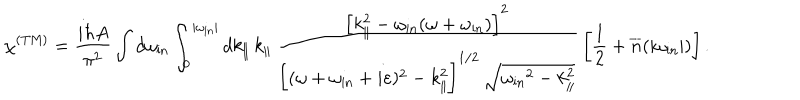
LaTeX: \chi ^ { \mathrm { ( T M ) } } = { \frac { i \hbar A } { \pi ^ { 2 } } } \int d \omega _ { \mathrm { i n } } \int _ { 0 } ^ { | \omega _ { \mathrm { i n } } | } d k _ { \| } \, k _ { \| } \, \frac { \left[ k _ { \| } ^ { 2 } - \omega _ { \mathrm { i n } } ( \omega + \omega _ { \mathrm { i n } } ) \right] ^ { 2 } } { \biggl [ ( \omega + \omega _ { \mathrm { i n } } + i \varepsilon ) ^ { 2 } - k _ { \| } ^ { 2 } \biggr ] ^ { 1 / 2 } \, \sqrt { { \omega _ { \mathrm { i n } } } ^ { 2 } - k _ { \| } ^ { 2 } } } \, \left[ { \frac { 1 } { 2 } } + { \overline { { n } } } ( | \omega _ { \mathrm { i n } } | ) \right] .